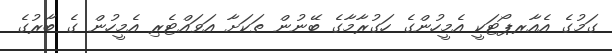
ގަމުގެ އެއާރޕޯޓަކީ އެމީހުންގެ ހަގުރާމާގެ ބޭނުން ތަކަށާ އަވައްޓެރި އެމީހުން ގެ ބާރުގެ